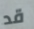
قد